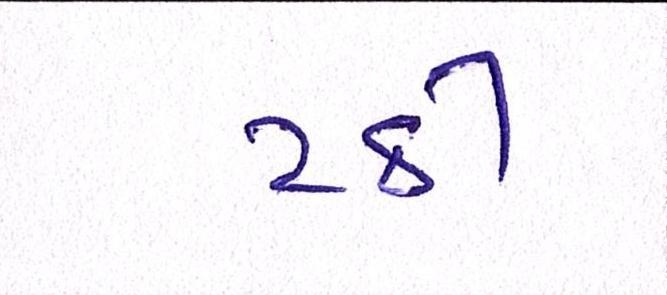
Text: ટકી